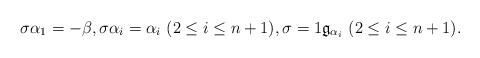
LaTeX: \begin{align*}\sigma\alpha_{1}=-\beta,\sigma\alpha_{i}=\alpha_{i}\ (2\leq i\leq n+1),\sigma=1\frak{g}_{\alpha_i}\ (2\leq i\leq n+1).\end{align*}